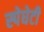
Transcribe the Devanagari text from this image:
स्पेघेटी